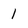
Character: 1